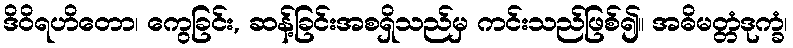
ဒိဝိရဟိတော၊ ကွေခြင်း, ဆန့်ခြင်းအစရှိသည်မှ ကင်းသည်ဖြစ်၍။ အဓိမတ္တံဒုက္ခံ၊